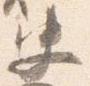
史